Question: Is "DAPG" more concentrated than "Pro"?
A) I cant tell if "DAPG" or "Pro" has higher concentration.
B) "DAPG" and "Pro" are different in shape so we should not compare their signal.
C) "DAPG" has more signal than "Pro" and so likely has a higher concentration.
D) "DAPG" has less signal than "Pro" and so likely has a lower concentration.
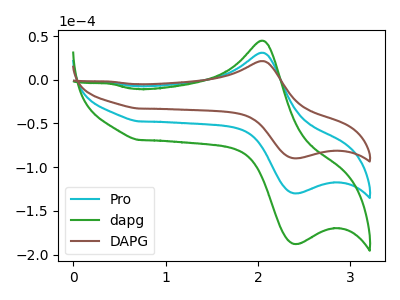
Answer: <think>The cyan curve "Pro" has an anodic peak at (2.05V, 30.90uA) and a cathodic peak at (2.45V, -129.95uA). The green curve "dapg" has an anodic peak at (2.05V, 61.85uA) and a cathodic peak at (2.45V, -259.90uA). The brown curve "DAPG" has an anodic peak at (2.05V, 21.40uA) and a cathodic peak at (2.45V, -89.90uA).
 All the peaks in "DAPG" have a peak in "Pro" at the same potential. Every peak in "DAPG" is lower than every peak in "Pro".</think>
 <answer>D) "DAPG" has less signal than "Pro" and so likely has a lower concentration.</answer>
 <eval>D</eval>